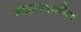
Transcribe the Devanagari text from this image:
संप्रदायांतील